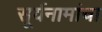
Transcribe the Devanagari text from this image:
सूर्यनामांचा